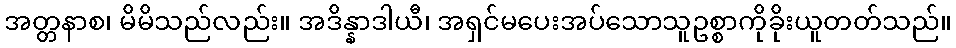
အတ္တနာစ၊ မိမိသည်လည်း။ အဒိန္နာဒါယီ၊ အရှင်မပေးအပ်သောသူဥစ္စာကိုခိုးယူတတ်သည်။